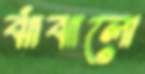
ঝাঁঝালো